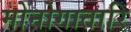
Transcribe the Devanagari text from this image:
मोनोगातारि